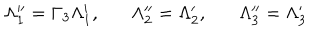
\Lambda _ { 1 } ^ { \prime \prime } = \Gamma _ { 3 } \Lambda _ { 1 } ^ { \prime } , \Lambda _ { 2 } ^ { \prime \prime } = \Lambda _ { 2 } ^ { \prime } , \Lambda _ { 3 } ^ { \prime \prime } = \Lambda _ { 3 } ^ { \prime }